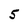
Character: 5